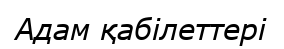
Адам қабілеттері